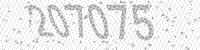
Solution: 207075